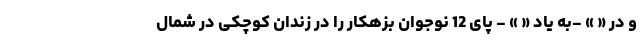
و در « » -به یاد « » - پای 12 نوجوان بزهکار را در زندان کوچکی در شمال